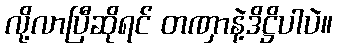
လို့လာပြီဆိုရင် တဏှာနဲ့ဒိဋ္ဌိပါပဲ။